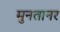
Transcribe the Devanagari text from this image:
मुनतानर